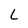
Character: L